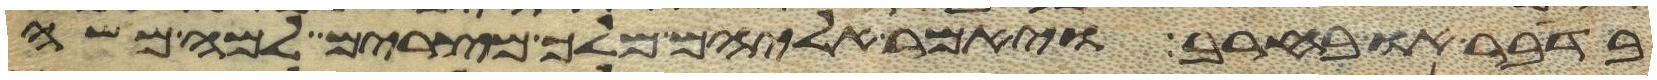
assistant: בדבר או בחרב ויאמר אליהם מלך מצרים למה משה